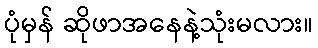
ပုံမှန် ဆိုဖာအနေနဲ့သုံးမလား။